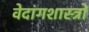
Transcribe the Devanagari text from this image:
वेदांगशास्त्रों